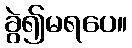
ခွဲ၍မရပေ။